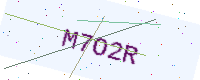
Text: M7O2R